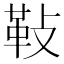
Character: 𩉲